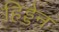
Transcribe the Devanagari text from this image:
हिड्डेन